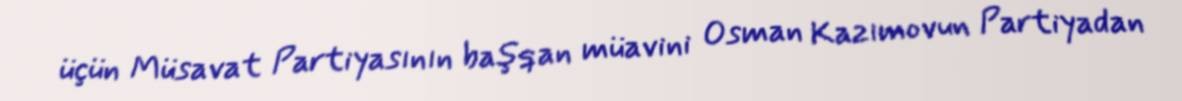
üçün Müsavat Partiyasının başqan müavini Osman Kazımovun Partiyadan